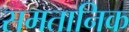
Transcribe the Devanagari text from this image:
समतानिक